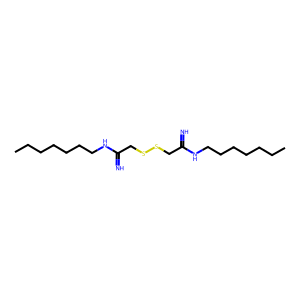
SMILES: CCCCCCCNC(=N)CSSCC(=N)NCCCCCCC
Inhibits HIV replication: No